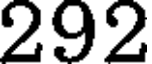
292